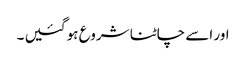
اور اسے چاٹنا شروع ہو گئیں ۔